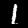
Digit: 1